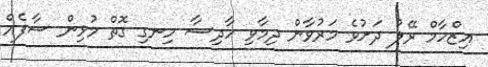
އިޒްހާމް ރޭލު ދަށުވެ މަރުވާން ދިމާވި ހާދިސާ ހިނގި ގޮތް މުޅިން ސާފެއް